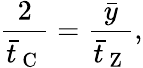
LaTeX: \frac{2}{\bar{t}_{\mathrm{~C~}}}=\frac{\bar{y}}{\bar{t}_{\mathrm{~Z~}}},